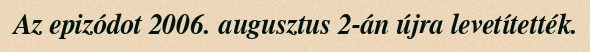
Az epizódot 2006. augusztus 2-án újra levetítették.